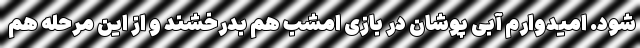
شود. امیدوارم آبی پوشان در بازی امشب هم بدرخشند و از این مرحله هم